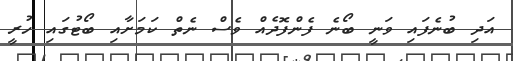
އަދި ބުނެފައި ވަނީ ބޯނެ ފެންފޮދެއް ވެސް ނެތް ކަމަށާއި ބޯޓުގައި ހުރީ